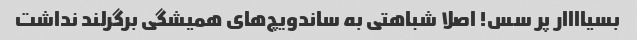
بسیاااار پر سس! اصلا شباهتی به ساندویچ‌های همیشگی برگرلند نداشت